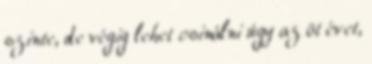
szinte, de végig lehet csinálni úgy az öt évet,